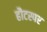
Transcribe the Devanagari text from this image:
हौटस्पर